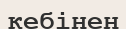
кебінен